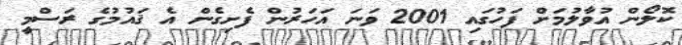
ކޮލޯން އުވާލުމަށް ފަހުގައި 2001 ވަނަ އަހަރުން ފެށިގެން އެ ޤައުމުގެ ރަސްމީ